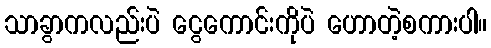
သာခွာကလည်းပဲ ငွေကောင်းကိုပဲ ဟောတဲ့စကားပါ။